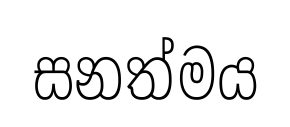
සනත්මය